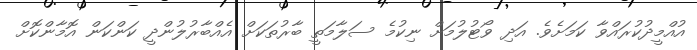
އުއްމީދުކުރައްވާ ކަމަށެވެ. އަދި ވޯޓުލުމަށް ނިކުމެ ސަލާމަތީ ބާރުތަކަށް އެއްބާރުލުންދީ ކަންކަން އޮމާންކޮށް